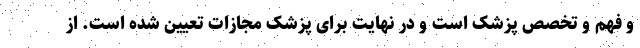
و فهم و تخصص پزشک است و در نهایت برای پزشک مجازات تعیین شده است. از